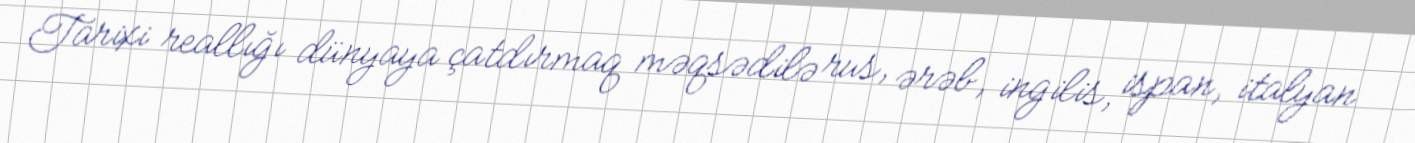
Tarixi reallığı dünyaya çatdırmaq məqsədilə rus, ərəb, ingilis, ispan, italyan